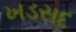
ખડસદ